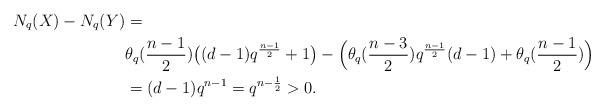
LaTeX: \begin{align*} N_q(X) - N_q(Y) &= \\ & \theta_q(\frac{n-1}{2}) \bigl( (d-1)q^{\frac{n-1}{2}}+1 \bigr) -\Bigl(\theta_q(\frac{n-3}{2})q^{\frac{n-1}{2}}(d-1) + \theta_q(\frac{n-1}{2}) \Bigr) \\ & = (d-1)q^{n-1} = q^{n-\frac{1}{2}}>0.\end{align*}